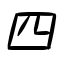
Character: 四